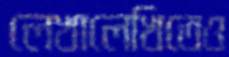
লেখালেখিতেও